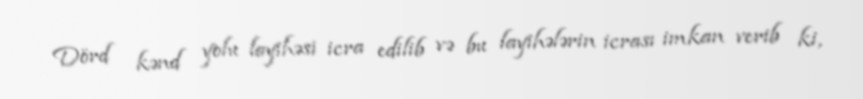
Dörd kənd yolu layihəsi icra edilib və bu layihələrin icrası imkan verib ki,